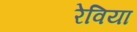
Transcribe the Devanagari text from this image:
रेविया